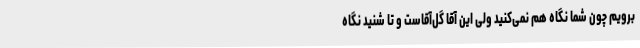
برویم چون شما نگاه هم نمی‌کنید ولی این آقا گل‌آقاست و تا شنید نگاه